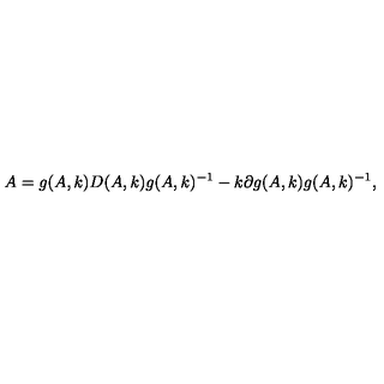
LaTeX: A = g ( A , k ) D ( A , k ) g ( A , k ) ^ { - 1 } - k \partial g ( A , k ) g ( A , k ) ^ { - 1 } ,